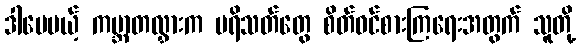
ဒါပေမယ့် ကမ္ဘာတလွှားက ပရိသတ်တွေ စိတ်ဝင်စားကြရေးအတွက် သူတို့